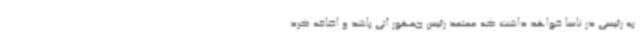
به رئیسی در ناسا خواهد داشت که معتمد رئیس جمهور آتی باشد و اضافه کرد